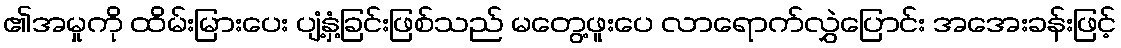
၏အမှုကို ထိမ်းမြားပေး ပျံ့နှံ့ခြင်းဖြစ်သည် မတွေ့ဖူးပေ လာရောက်လွှဲပြောင်း အအေးခန်းဖြင့်